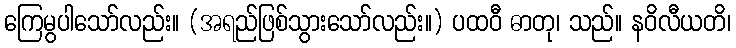
ကြေမွပါသော်လည်း။ (အရည်ဖြစ်သွားသော်လည်း။) ပထဝီ ဓာတု၊ သည်။ နဝိလီယတိ၊